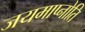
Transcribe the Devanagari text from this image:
जयमाप्नोति